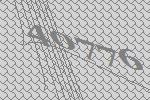
40776